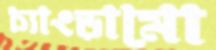
চ্যাংড়ামো